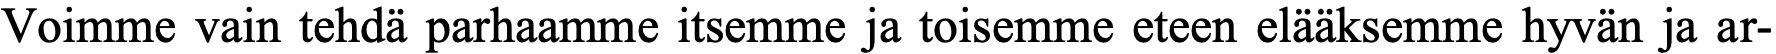
Voimme vain tehdä parhaamme itsemme ja toisemme eteen elääksemme hyvän ja ar-